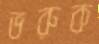
ভরুক